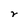
Character: r